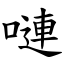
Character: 嗹